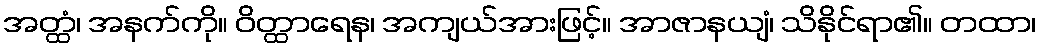
အတ္ထံ၊ အနက်ကို။ ဝိတ္ထာရေန၊ အကျယ်အားဖြင့်။ အာဇာနယျံ၊ သိနိုင်ရာ၏။ တထာ၊